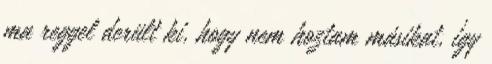
ma reggel derült ki, hogy nem hoztam másikat, így